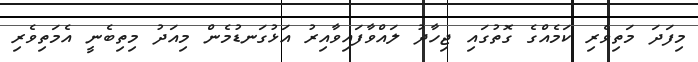
މިފަދަ މަތިވެރި ކަމެއްގެ ގޮތުގައި ޖިހާދު ލައްވާފައިވާއިރު އަޅުގަނޑުމެން މިއަދު މިތިބެނީ އެމަތިވެރި